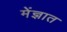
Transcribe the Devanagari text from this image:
मेंज्ञात